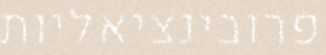
פרובינציאליות